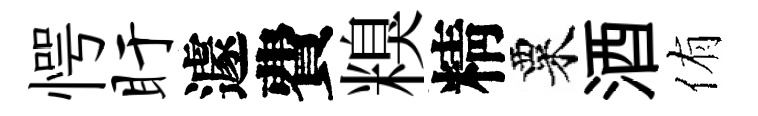
愕盱遽費糗精粟酒侑